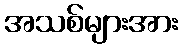
အသစ်များအား